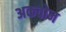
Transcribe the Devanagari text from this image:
अकवोन